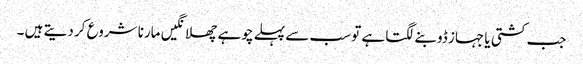
جب کشتی یا جہاز ڈوبنے لگتا ہے تو سب سے پہلے چوہے چھلانگیں مارنا شروع کر دیتے ہیں ۔